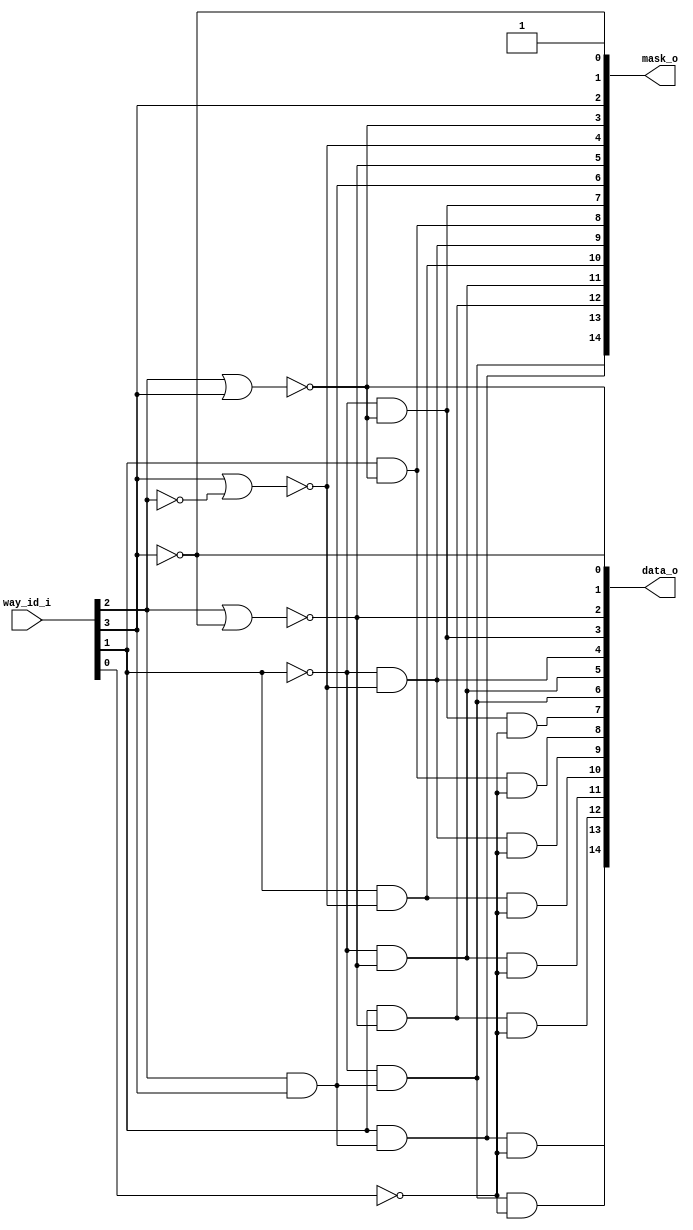
// This program was cloned from: https://github.com/chipsalliance/UHDM-integration-tests
// License: Apache License 2.0

/* Generated by Yosys 0.27+9 (git sha1 101d19bb6, gcc 11.2.0-7ubuntu2 -fPIC -Os) */

(* top =  1  *)

module bsg_lru_pseudo_tree_decode(way_id_i, data_o, mask_o);
  wire _00_;
  wire _01_;
  wire _02_;
  wire _03_;
  wire _04_;
  
  output [14:0] data_o;
  wire [14:0] data_o;
  
  output [14:0] mask_o;
  wire [14:0] mask_o;
  
  input [3:0] way_id_i;
  wire [3:0] way_id_i;
  assign data_o[0] = ~way_id_i[3];
  assign _00_ = way_id_i[2] | way_id_i[3];
  assign data_o[1] = ~_00_;
  assign _01_ = way_id_i[2] | ~(way_id_i[3]);
  assign data_o[2] = ~_01_;
  assign _02_ = way_id_i[3] | ~(way_id_i[2]);
  assign mask_o[4] = ~_02_;
  assign _03_ = ~(way_id_i[2] & way_id_i[3]);
  assign mask_o[6] = ~_03_;
  assign _04_ = ~way_id_i[1];
  assign data_o[3] = _04_ & ~(_00_);
  assign data_o[7] = data_o[3] & ~(way_id_i[0]);
  assign mask_o[8] = way_id_i[1] & ~(_00_);
  assign data_o[8] = mask_o[8] & ~(way_id_i[0]);
  assign data_o[4] = _04_ & ~(_02_);
  assign data_o[9] = data_o[4] & ~(way_id_i[0]);
  assign mask_o[10] = way_id_i[1] & ~(_02_);
  assign data_o[10] = mask_o[10] & ~(way_id_i[0]);
  assign data_o[5] = _04_ & ~(_01_);
  assign data_o[11] = data_o[5] & ~(way_id_i[0]);
  assign mask_o[12] = way_id_i[1] & ~(_01_);
  assign data_o[12] = mask_o[12] & ~(way_id_i[0]);
  assign data_o[6] = _04_ & ~(_03_);
  assign data_o[13] = data_o[6] & ~(way_id_i[0]);
  assign mask_o[14] = way_id_i[1] & ~(_03_);
  assign data_o[14] = mask_o[14] & ~(way_id_i[0]);
  assign { mask_o[13], mask_o[11], mask_o[9], mask_o[7], mask_o[5], mask_o[3:0] } = { data_o[6:1], way_id_i[3], data_o[0], 1'h1 };
endmodule